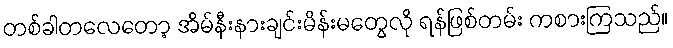
တစ်ခါတလေတော့ အိမ်နီးနားချင်းမိန်းမတွေလို ရန်ဖြစ်တမ်း ကစားကြသည်။